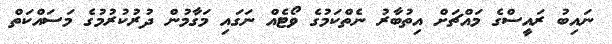
ނައިބު ރައީސްގެ މައްޗަށް އިތުބާރު ނެތްކަމުގެ ވޯޓެއް ނަގައި މަގާމުން ދުރުކުރުމުގެ މަސައްކަތް